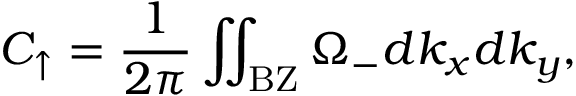
C _ { \uparrow } = \frac { 1 } { 2 \pi } \iint _ { \mathrm { B Z } } \Omega _ { - } d k _ { x } d k _ { y } ,